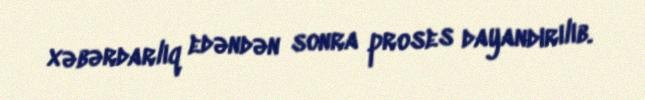
xəbərdarlıq edəndən sonra proses dayandırılıb.